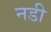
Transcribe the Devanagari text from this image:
नडी